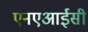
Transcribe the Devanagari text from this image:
एनएआईसी